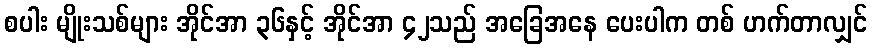
စပါး မျိုးသစ်များ အိုင်အာ ၃၆နှင့် အိုင်အာ ၄၂သည် အခြေအနေ ပေးပါက တစ် ဟက်တာလျှင်